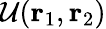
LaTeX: \mathcal{U}({\mathbf{r}_{1}},{\mathbf{r}_{2}})